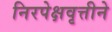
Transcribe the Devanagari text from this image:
निरपेक्षवृत्तीने